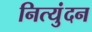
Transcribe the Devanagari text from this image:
नित्युंदन